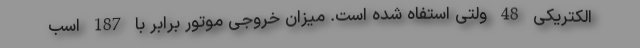
الکتریکی 48 ولتی استفاه شده است. میزان خروجی موتور برابر با 187 اسب